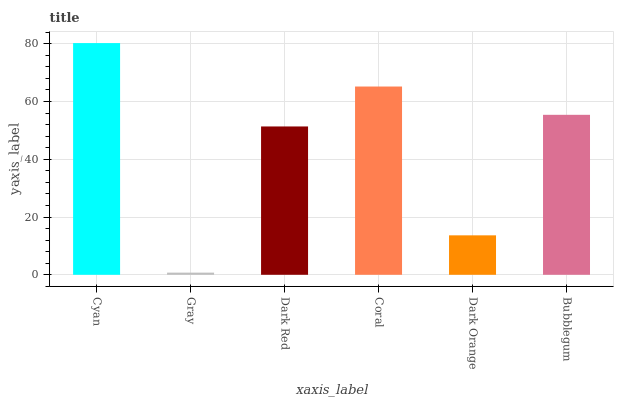
| xaxis_label | bars |
 | --- | --- |
 | Cyan | 80.2 |
 | Gray | 0.751 |
 | Dark Red | 51.4 |
 | Coral | 65.2 |
 | Dark Orange | 13.7 |
 | Bubblegum | 55.4 |